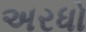
અરધો